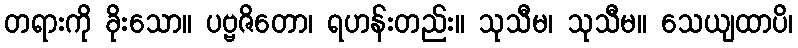
တရားကို ခိုးသော။ ပဗ္ဗဇိတော၊ ရဟန်းတည်း။ သုသီမ၊ သုသီမ။ သေယျထာပိ၊